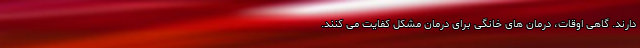
دارند. گاهی اوقات، درمان های خانگی برای درمان مشکل کفایت می کنند.